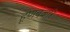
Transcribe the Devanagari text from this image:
हूणबंजारे